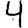
Digit: 4